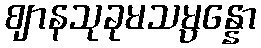
ဈာနသုခုမသမ္ပန္နော